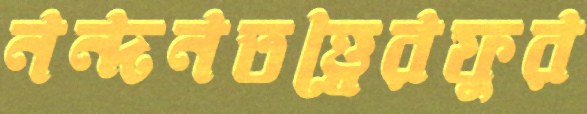
নন্দনতত্ত্বেরফুর